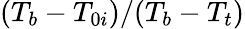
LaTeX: (T_{b}-T_{0i})/(T_{b}-T_{t})